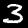
Label: 3